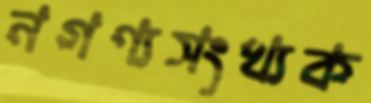
নগণ্যসংখ্যক